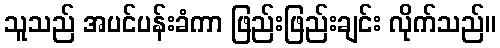
သူသည် အပင်ပန်းခံကာ ဖြည်းဖြည်းချင်း လိုက်သည်။